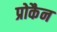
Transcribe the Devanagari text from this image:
प्रोकैन